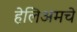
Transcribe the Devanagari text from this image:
हेलिअमचे